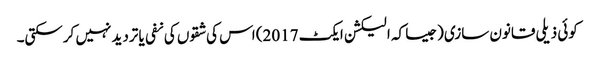
کوئی ذیلی قانون سازی (جیسا کہ الیکشن ایکٹ 2017) اس کی شقوں کی نفی یا تردید نہیں کرسکتی۔